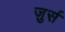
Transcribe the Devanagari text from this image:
ज़ुर्स